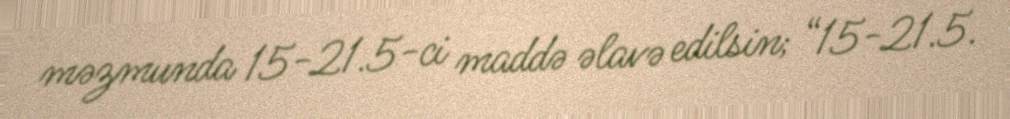
məzmunda 15-21.5-ci maddə əlavə edilsin; “15-21.5.